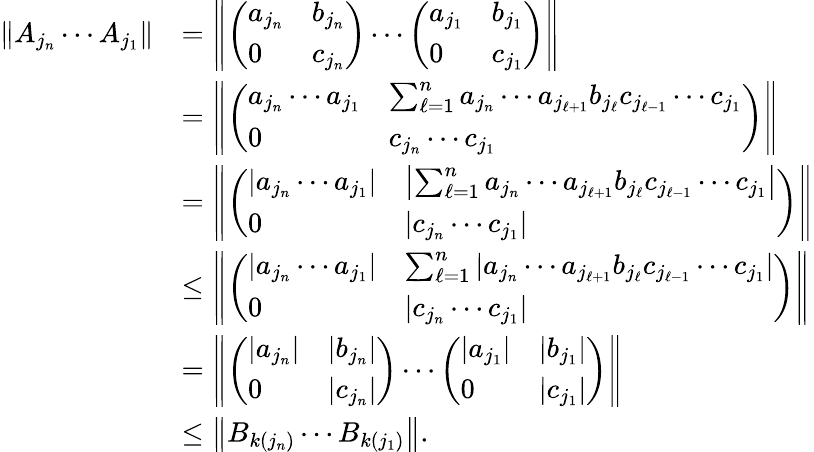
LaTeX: \begin{array}{rl}{\left\| A_{j_{n}}\cdots A_{j_{1}}\right\| }&{=\left\| \left(\begin{array}{ll}{a_{j_{n}}}&{b_{j_{n}}}\\ {0}&{c_{j_{n}}}\end{array}\right)\cdots\left(\begin{array}{ll}{a_{j_{1}}}&{b_{j_{1}}}\\ {0}&{c_{j_{1}}}\end{array}\right)\right\| }\\ &{=\left\| \left(\begin{array}{ll}{a_{j_{n}}\cdots a_{j_{1}}}&{\sum_{\ell=1}^{n}a_{j_{n}}\cdots a_{j_{\ell+1}}b_{j_{\ell}}c_{j_{\ell-1}}\cdots c_{j_{1}}}\\ {0}&{c_{j_{n}}\cdots c_{j_{1}}}\end{array}\right)\right\| }\\ &{=\left\| \left(\begin{array}{ll}{|a_{j_{n}}\cdots a_{j_{1}}|}&{\left|\sum_{\ell=1}^{n}a_{j_{n}}\cdots a_{j_{\ell+1}}b_{j_{\ell}}c_{j_{\ell-1}}\cdots c_{j_{1}}\right|}\\ {0}&{|c_{j_{n}}\cdots c_{j_{1}}|}\end{array}\right)\right\| }\\ &{\leq\left\| \left(\begin{array}{ll}{|a_{j_{n}}\cdots a_{j_{1}}|}&{\sum_{\ell=1}^{n}|a_{j_{n}}\cdots a_{j_{\ell+1}}b_{j_{\ell}}c_{j_{\ell-1}}\cdots c_{j_{1}}|}\\ {0}&{|c_{j_{n}}\cdots c_{j_{1}}|}\end{array}\right)\right\| }\\ &{=\left\| \left(\begin{array}{ll}{|a_{j_{n}}|}&{|b_{j_{n}}|}\\ {0}&{|c_{j_{n}}|}\end{array}\right)\cdots\left(\begin{array}{ll}{|a_{j_{1}}|}&{|b_{j_{1}}|}\\ {0}&{|c_{j_{1}}|}\end{array}\right)\right\| }\\ &{\leq\left\| B_{k(j_{n})}\cdots B_{k(j_{1})}\right\| .}\end{array}